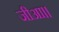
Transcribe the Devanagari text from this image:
जीआ।।